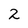
Character: 2